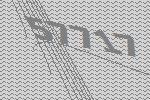
57717